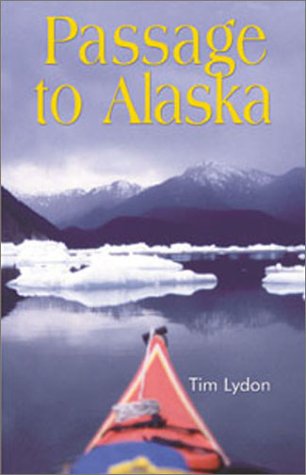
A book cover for Passage to Alaska; Tim Lydon; Sports & Outdoors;